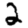
Digit: 2